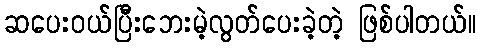
ဆပေးဝယ်ပြီးဘေးမဲ့လွတ်ပေးခဲ့တဲ့ ဖြစ်ပါတယ်။